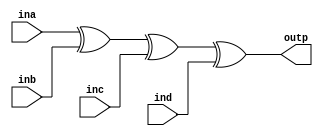
`timescale 1ns / 1ps

module pbgen(
    input ina, inb, inc, ind,
    output outp
);

assign outp = ina ^ inb ^ inc ^ ind;

endmodule